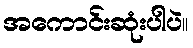
အကောင်းဆုံးပါပဲ။